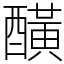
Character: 䤑